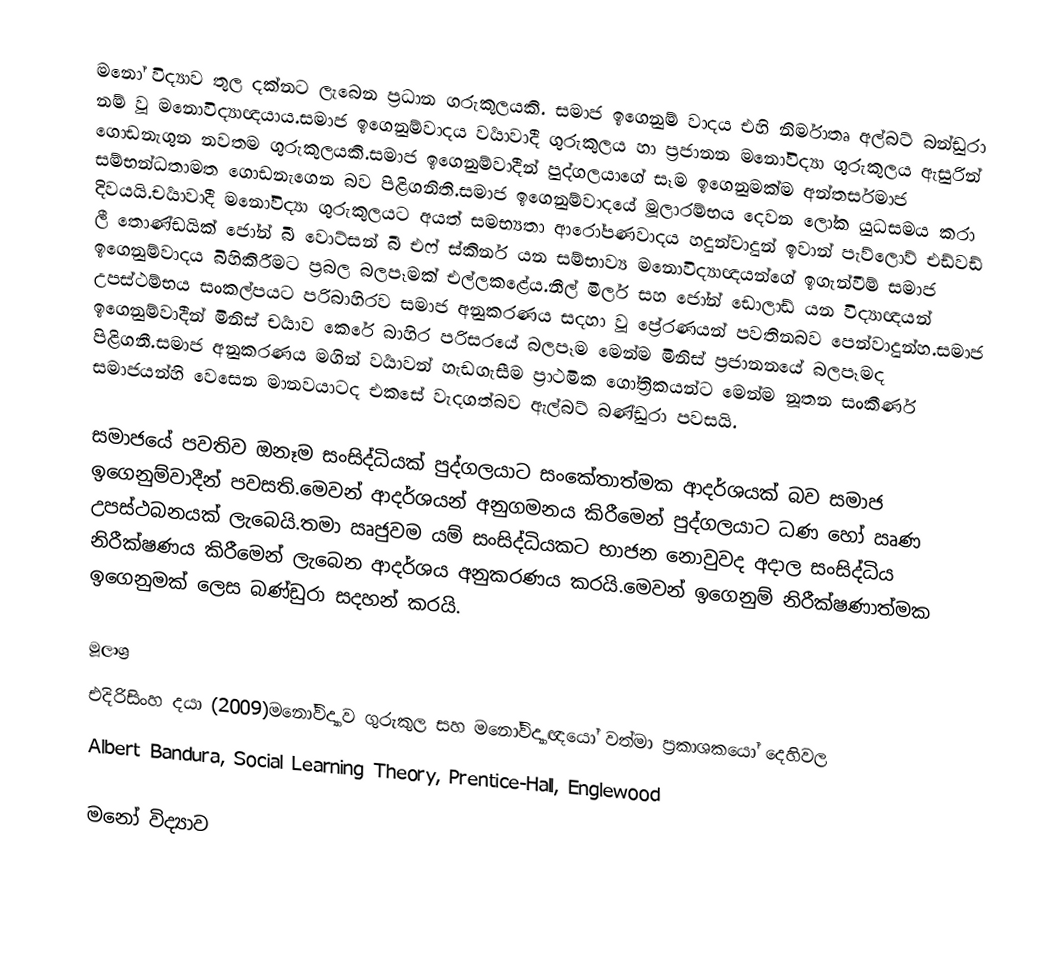
මනෝ විද්‍යාව තුල දක්නට ලැබෙන ප්‍රධාන ගරුකුලයකි. සමාජ ඉගෙනුම් වාදය එහි නිර්මාතෘ අල්බට් බන්ඩුරා නම් වූ මනොවිද්‍යාඥයාය.සමාජ ඉගෙනුම්වාදය වර්‍යාවාදී ගුරුකුලය හා ප්‍රජානන මනෝවිද්‍යා ගුරුකුලය ඇසුරින් ගොඩනැගුන නවතම ගුරුකුලයකි.සමාජ ඉගෙනුම්වාදීන් පුද්ගලයාගේ සෑම ඉගෙනුමක්ම අන්තර්සමාජ සම්භන්ධතාමත ගොඩනැගෙන බව පිළිගනිති.සමාජ ඉගෙනුම්වාදයේ මූලාරම්භය දෙවන ලෝක යුධසමය කරා දිවයයි.චර්‍යාවාදී මනෝවිද්‍යා ගුරුකුලයට අයත් සමභ්‍යතා ආරෝපණවාදය හදුන්වාදුන් ඉවාන් පැව්ලොව් එඩ්වඩ් ලී තොණ්ඩයික් ජෝන් බී වොට්සන් බී එෆ් ස්කිනර් යන සම්භාව්‍ය මනොවිද්‍යාඥයන්ගේ ඉගැන්වීම් සමාජ ඉගෙනුම්වාදය බිහිකිරීමට ප්‍රබල බලපෑමක් එල්ලකළේය.නීල් මිලර් සහ ජෝන් ඩොලාඩ් යන විද්‍යාඥයන් උපස්ථම්භය සංකල්පයට පරිබාහිරව සමාජ අනුකරණය සදහා වූ ප්‍රේරණයන් පවතිනබව පෙන්වාදුන්හ.සමාජ ඉගෙනුම්වාදීන් මිනිස් චර්‍යාව කෙරේ බාහිර පරිසරයේ බලපෑම මෙන්ම මිනිස් ප්‍රජානනයේ බලපෑමද පිළිගනී.සමාජ අනුකරණය මගින් වර්‍යාවන් හැඩගැසීම ප්‍රාථමික ගෝත්‍රිකයන්ට මෙන්ම නූතන සංකීර්ණ සමාජයන්හි වෙසෙන මානවයාටද එකසේ වැදගත්බව ඇල්බට් බණ්ඩුරා පවසයි.

සමාජයේ පවතිව ඔනෑම සංසිද්ධියක් පුද්ගලයාට සංකේතාත්මක ආදර්ශයක් බව සමාජ ඉගෙනුම්වාදීන් පවසති.මෙවන් ආදර්ශයන් අනුගමනය කිරීමෙන් පුද්ගලයාට ධණ හෝ ඍණ උපස්ථබනයක් ලැබෙයි.තමා ඍජුවම යම් සංසිද්ධියකට භාජන නොවුවද අදාල සංසිද්ධිය නිරීක්ෂණය කිරීමෙන් ලැබෙන ආදර්ශය අනුකරණය කරයි.මෙවන් ඉගෙනුම් නිරීක්ෂණාත්මක ඉගෙනුමක් ලෙස බණ්ඩුරා සදහන් කරයි.

මූලාශ්‍ර
 එදිරිසිංහ දයා (2009)මනෝවිද්‍යාව ගුරුකුල සහ මනෝවිද්‍යාඥයෝ වත්මා ප්‍රකාශකයෝ දෙහිවල
 Albert Bandura, Social Learning Theory, Prentice-Hall, Englewood

මනෝ විද්‍යාව